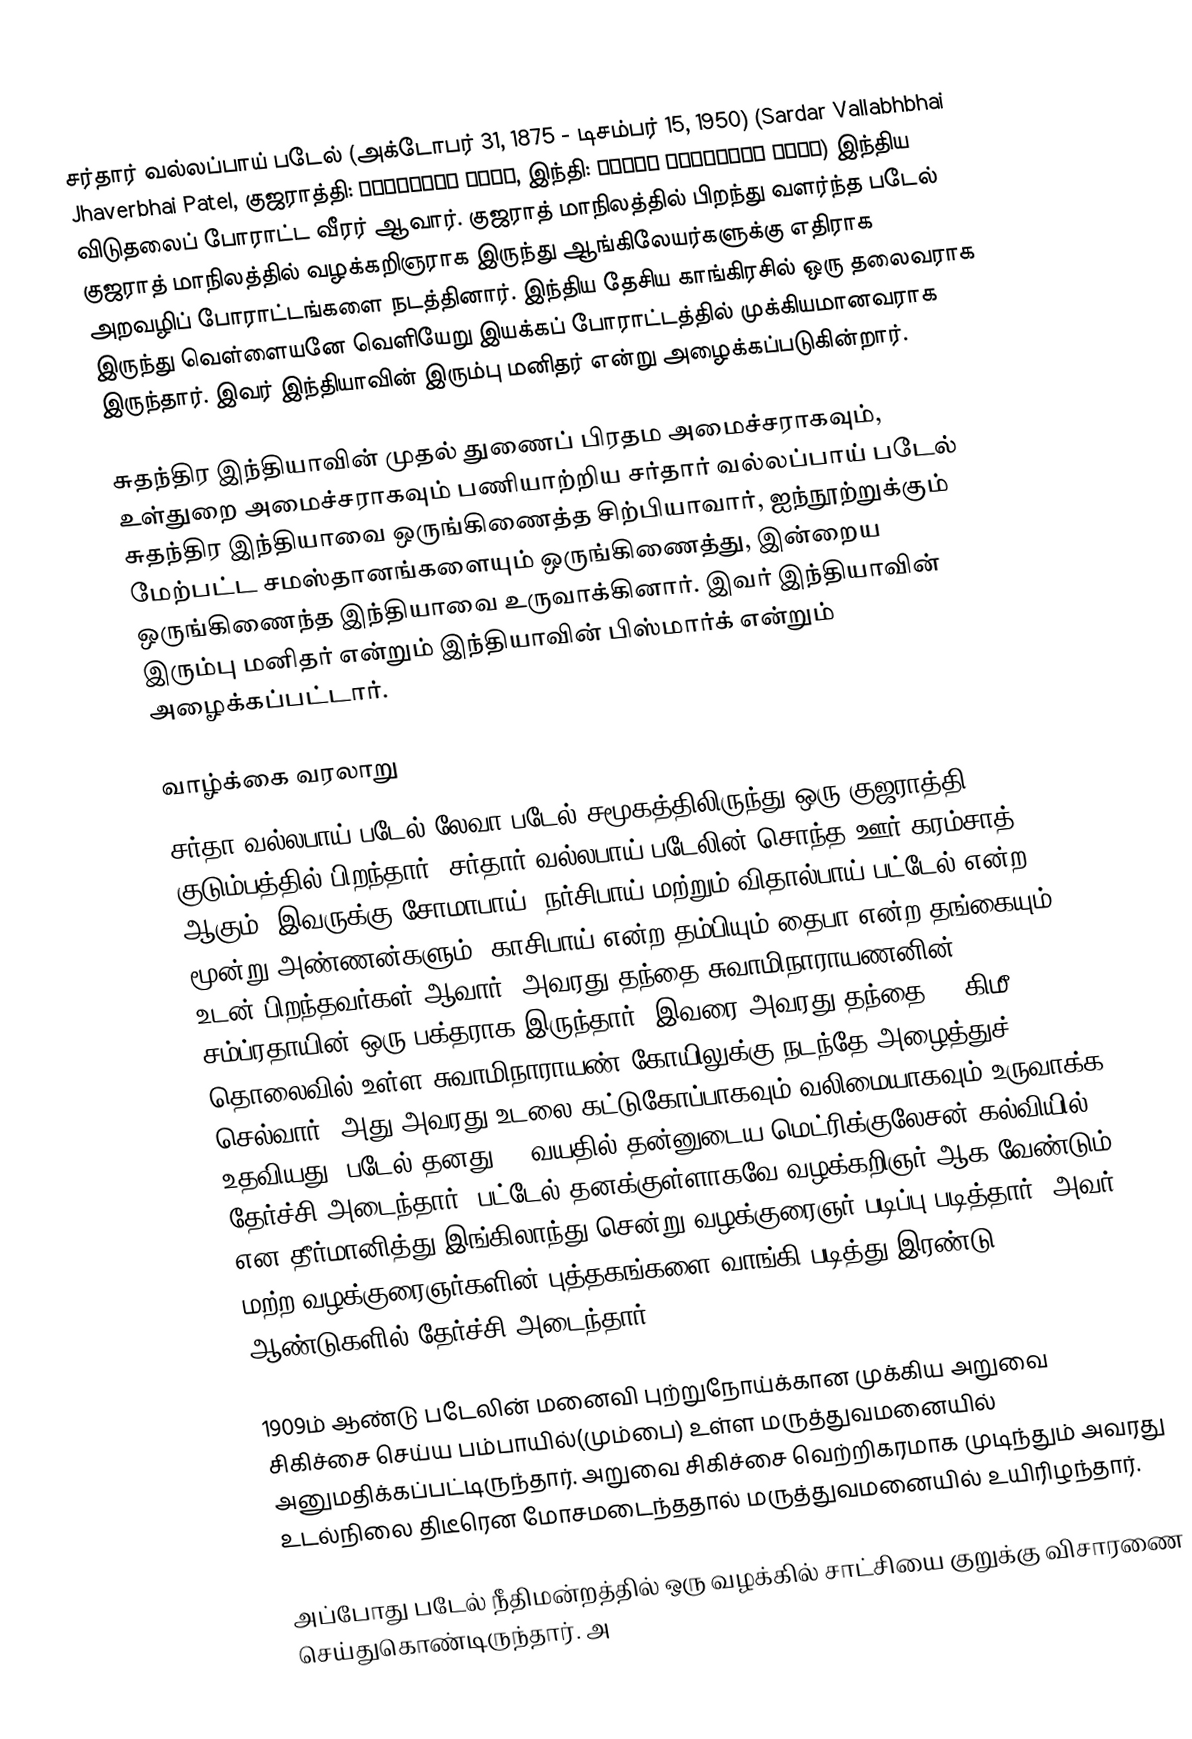
சர்தார் வல்லப்பாய் படேல் (அக்டோபர் 31, 1875 - டிசம்பர் 15, 1950) (Sardar Vallabhbhai Jhaverbhai Patel, குஜராத்தி: વલ્લભભાઈ પટેલ, இந்தி: सरदार वल्लभभाई पटेल) இந்திய விடுதலைப் போராட்ட வீரர் ஆவார். குஜராத் மாநிலத்தில் பிறந்து வளர்ந்த படேல் குஜராத் மாநிலத்தில் வழக்கறிஞராக இருந்து ஆங்கிலேயர்களுக்கு எதிராக அறவழிப் போராட்டங்களை நடத்தினார். இந்திய தேசிய காங்கிரசில் ஒரு தலைவராக இருந்து வெள்ளையனே வெளியேறு இயக்கப் போராட்டத்தில் முக்கியமானவராக இருந்தார். இவர் இந்தியாவின் இரும்பு மனிதர் என்று அழைக்கப்படுகின்றார்.

சுதந்திர இந்தியாவின் முதல் துணைப் பிரதம அமைச்சராகவும், உள்துறை அமைச்சராகவும் பணியாற்றிய சர்தார் வல்லப்பாய் படேல் சுதந்திர இந்தியாவை ஒருங்கிணைத்த சிற்பியாவார், ஐந்நூற்றுக்கும் மேற்பட்ட சமஸ்தானங்களையும் ஒருங்கிணைத்து, இன்றைய ஒருங்கிணைந்த இந்தியாவை உருவாக்கினார். இவர் இந்தியாவின் இரும்பு மனிதர் என்றும் இந்தியாவின் பிஸ்மார்க் என்றும் அழைக்கப்பட்டார்.

வாழ்க்கை வரலாறு
சர்தா வல்லபாய் படேல் லேவா படேல் சமூகத்திலிருந்து ஒரு குஜராத்தி குடும்பத்தில் பிறந்தார். சர்தார் வல்லபாய் படேலின் சொந்த ஊர் கரம்சாத் ஆகும். இவருக்கு சோமாபாய், நர்சிபாய் மற்றும் விதால்பாய் பட்டேல் என்ற மூன்று அண்ணன்களும், காசிபாய் என்ற தம்பியும் தைபா என்ற தங்கையும் உடன் பிறந்தவர்கள் ஆவார். அவரது தந்தை சுவாமிநாராயணனின் சம்ப்ரதாயின் ஒரு பக்தராக இருந்தார். இவரை அவரது தந்தை 20 கிமீ தொலைவில் உள்ள சுவாமிநாராயண் கோயிலுக்கு நடந்தே அழைத்துச் செல்வார். அது அவரது உடலை கட்டுகோப்பாகவும் வலிமையாகவும் உருவாக்க உதவியது. படேல் தனது 22 வயதில் தன்னுடைய மெட்ரிக்குலேசன் கல்வியில் தேர்ச்சி அடைந்தார். பட்டேல் தனக்குள்ளாகவே வழக்கறிஞர் ஆக வேண்டும் என தீர்மானித்து இங்கிலாந்து சென்று வழக்குரைஞர் படிப்பு படித்தார். அவர் மற்ற வழக்குரைஞர்களின் புத்தகங்களை வாங்கி படித்து இரண்டு ஆண்டுகளில் தேர்ச்சி அடைந்தார்.

1909ம் ஆண்டு படேலின் மனைவி புற்றுநோய்க்கான முக்கிய அறுவை சிகிச்சை செய்ய பம்பாயில்(மும்பை)  உள்ள மருத்துவமனையில் அனுமதிக்கப்பட்டிருந்தார்.  அறுவை சிகிச்சை வெற்றிகரமாக முடிந்தும் அவரது உடல்நிலை திடீரென மோசமடைந்ததால் மருத்துவமனையில் உயிரிழந்தார்.

அப்போது படேல் நீதிமன்றத்தில் ஒரு வழக்கில் சாட்சியை  குறுக்கு விசாரணை செய்துகொண்டிருந்தார். அ